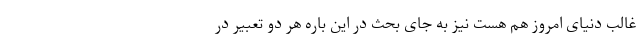
غالب دنیای امروز هم هست نیز به جای بحث در این باره هر دو تعبیر در